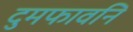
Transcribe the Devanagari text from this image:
दुमफावनि